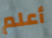
أعلم